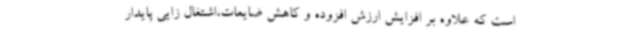
است که علاوه بر افزایش ارزش افزوده و کاهش ضایعات،اشتغال زایی پایدار